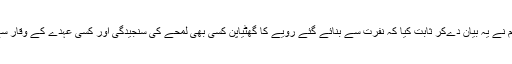
ہندوستانی وزیر اعظم نے یہ بیان دےکر ثابت کیا کہ نفرت سے بنائے گئے رویے کا گھٹیاپن کسی بھی لمحے کی سنجیدگی اور کسی عہدے کے وقار سے مشروط نہیں ہوتا۔